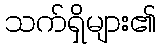
သက်ရှိများ၏